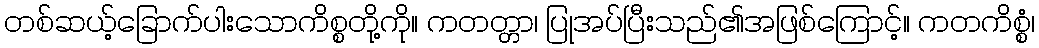
တစ်ဆယ့်ခြောက်ပါးသောကိစ္စတို့ကို။ ကတတ္တာ၊ ပြုအပ်ပြီးသည်၏အဖြစ်ကြောင့်။ ကတကိစ္စံ၊